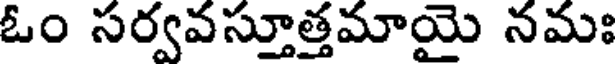
ఓం సర్వవస్తూత్తమాయై నమః